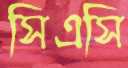
সিএসি